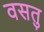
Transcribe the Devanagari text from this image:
वसतु